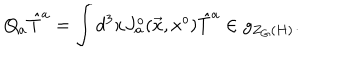
LaTeX: Q _ { a } { \hat { T } } ^ { a } = \int d ^ { 3 } x J _ { a } ^ { o } ( \vec { x } , x ^ { o } ) { \hat { T } } ^ { a } \in g _ { Z _ { G } ( H ) } .